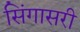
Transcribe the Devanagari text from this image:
सिंगासरी